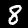
Label: 8